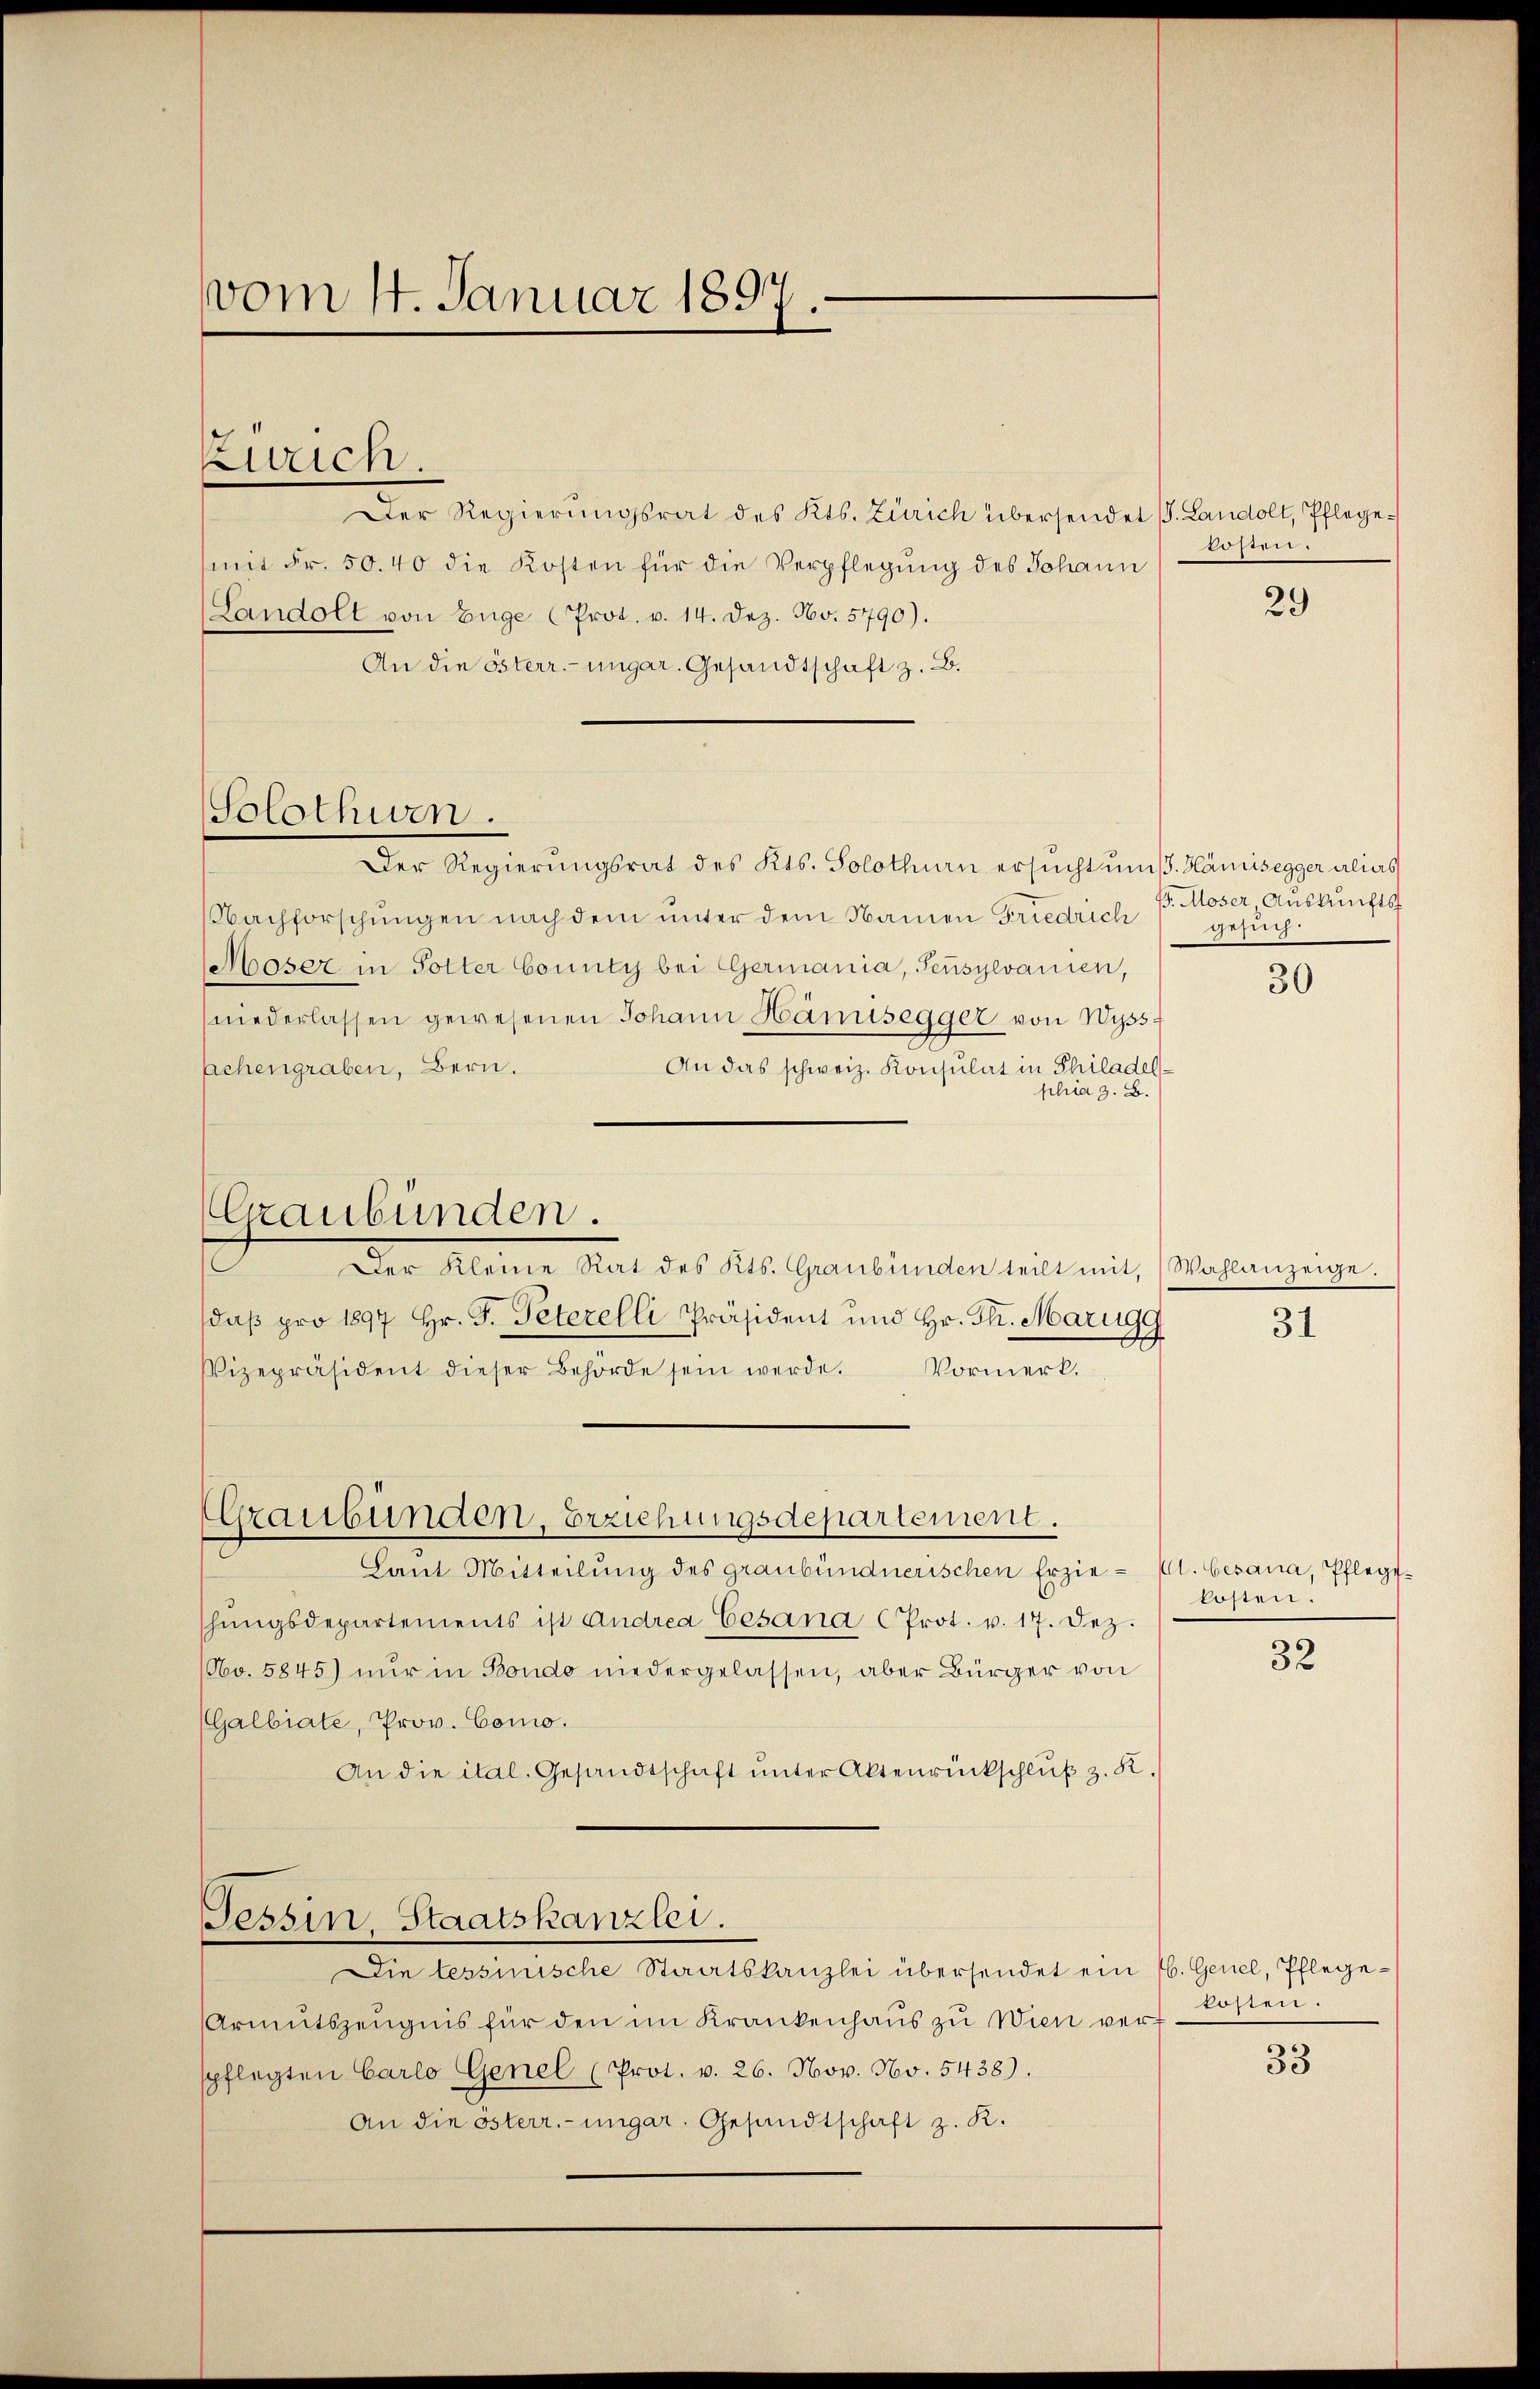
vom 14. Januar 1897.

Zweich.

Solothurn.

Laut Mitteilung des graubündnerischen Erzie- (lt. Gesana, Pflegeshŭngsdepartements ist Andrea Cesana (Prot. v. 17. Dez.
Obo. 5845) nur in Bondo niedergelassen, aber Bürger von
(Galbiate, Prov. Como.
An die ital. Gesandtschaft ŭnter Aktenrückschlŭβ z. K.

Der Regierungsrat des Kts. Zürich übersendet s. Landolt, Pflegemit Fr. 50. 40 die Kosten für die Verpflegung des Johann
(Landolt von Enge (Prot. v. 14. Dez. No. 5790).
An die österr.-ungar. Gesandtschaft z. B.
Der Regierungsrat des Kts. Solothurn ersucht uns. Hämisegger alias
Nachforschŭngen nach dem ŭnter dem Namen Friedrich) gesŭch.
Moser in Solter County bei Germania, Sensylvanien,
niederlassen gewesenen Johann Hänusegger von Wyss:
Achengraben, Bern.
An das schweiz. Konsulat in Philadelphia z. B.
Graubünden.
Der Kleine Rat des Kts. Graubünden teilt mit, Wahlanzeige.
(daβ pro 1897 Hr. F. Peterelli Präsident und Hr. Th. Marugg
Vizepräsident dieser Behörde sein werde.
Vormerk.

(Graubünden, Erziehungsdepartement.

Tessin, Staatskanzlei.

A 720 5

Die lessinische Staatskanzlei übersendet ein H. Genel, Pflege¬
Armutszeŭgnis für den im Krankenhaŭs zu Wien vert
spflegten Carlo Genel (Prot. v. 26. Nov. No. 5438).
An die österr.-ungar. Gesandtschaft z. K.

29

. Moser, Auskunfts

30

31

kosten.

32

kosten.

33